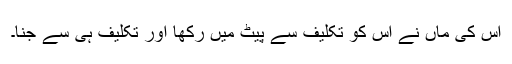
اس کی ماں نے اس کو تکلیف سے پیٹ میں رکھا اور تکلیف ہی سے جنا۔